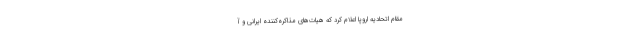
‌مقام اتحادیه اروپا اعلام کرد که هیات‌های مذاکره‌کننده ایرانی و آ